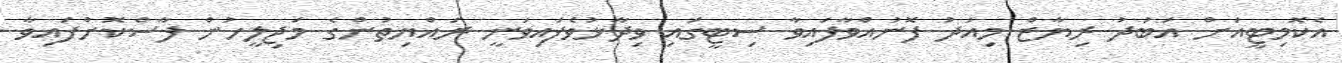
އެކޮމިޓީއަށް އަބުދު ރިޔާޒް މިއަދު ފޮނުއްވާފައިވާ ސިޓީގައި ވިދާޅުވެފައިވަނީ ރައްޔިތުންގެ މަޖިލީހުން ފާސްކޮށްފައިވާ